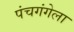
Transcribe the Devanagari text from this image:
पंचगंगेला